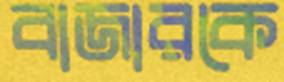
বাজারকে